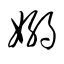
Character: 嫋